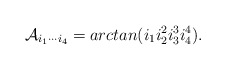
\begin{align*}\mathcal{A}_{i_1\cdots i_4}=arctan(i_1 i_2^2 i_3^3 i_4^4).\end{align*}